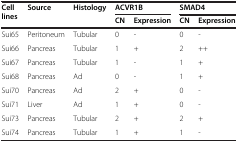
| Cell lines | Source | Histology | <COLSPAN=2> ACVR1B | <COLSPAN=2> SMAD4 |
 |  |  |  | CN | Expression | CN | Expression |
 | --- | --- | --- | --- | --- | --- | --- |
 | Sui65 | Peritoneum | Tubular | 0 | - | 0 | - |
 | Sui66 | Pancreas | Tubular | 1 | + | 2 | ++ |
 | Sui67 | Pancreas | Tubular | 1 | - | 1 | + |
 | Sui68 | Pancreas | Ad | 0 | - | 1 | + |
 | Sui70 | Pancreas | Ad | 2 | + | 0 | - |
 | Sui71 | Liver | Ad | 1 | + | 0 | - |
 | Sui73 | Pancreas | Tubular | 2 | + | 2 | + |
 | Sui74 | Pancreas | Tubular | 1 | + | 1 | - |